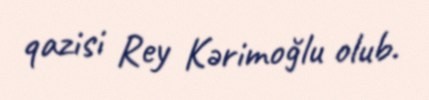
qazisi Rey Kərimoğlu olub.